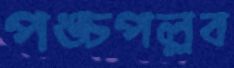
পঙ্চপল্লব